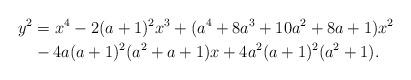
LaTeX: \begin{align*}y^2&=x^4-2(a+1)^2x^3+(a^4+8a^3+10a^2+8a+1)x^2 \\&-4a(a+1)^2(a^2+a+1)x+4a^2(a+1)^2(a^2+1).\end{align*}